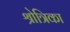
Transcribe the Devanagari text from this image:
श्रोत्रिका